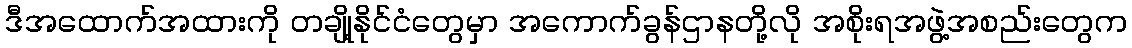
ဒီအထောက်အထားကို တချို့နိုင်ငံတွေမှာ အကောက်ခွန်ဌာနတို့လို အစိုးရအဖွဲ့အစည်းတွေက